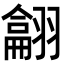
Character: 𦒈